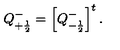
Q _ { + \frac { 1 } { 2 } } ^ { - } = \left[ Q _ { - \frac { 1 } { 2 } } ^ { - } \right] ^ { t } .